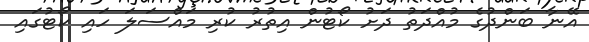
އޭނާ ބަންދުގެ މުއްދަތު ދަށު ކޯޓުން އިތުރު ކުރި މައްސަލަ ހައި ކޯޓުގައި